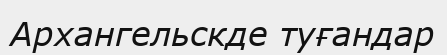
Архангельскде туғандар